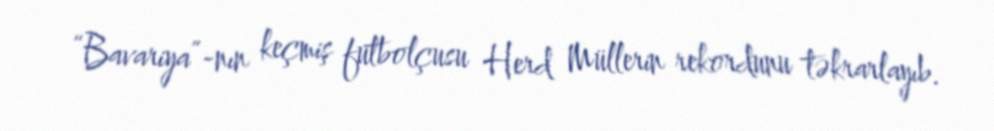
“Bavariya”-nın keçmiş futbolçusu Herd Müllerin rekordunu təkrarlayıb.